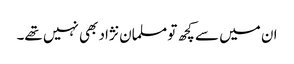
ان میں سے کچھ تو مسلمان نژاد بھی نہیں تھے۔